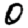
Digit: 0